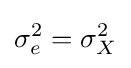
\sigma _{e}^{2}=\sigma _{X}^{2}